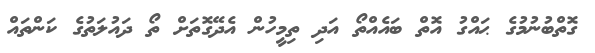
ގޮތްބުނުމުގެ ޙައްގު އޮތް ބައެއްތޯ އަދި ތިމީހުން އެދޭގޮތަށް ތޯ ދައުލަތުގެ ކަންތައް